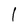
Character: l